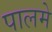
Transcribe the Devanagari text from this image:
पालमे